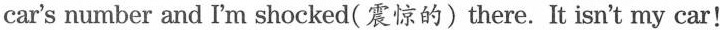
car's number and I'm shocked(震惊的)there. It isn't my car!